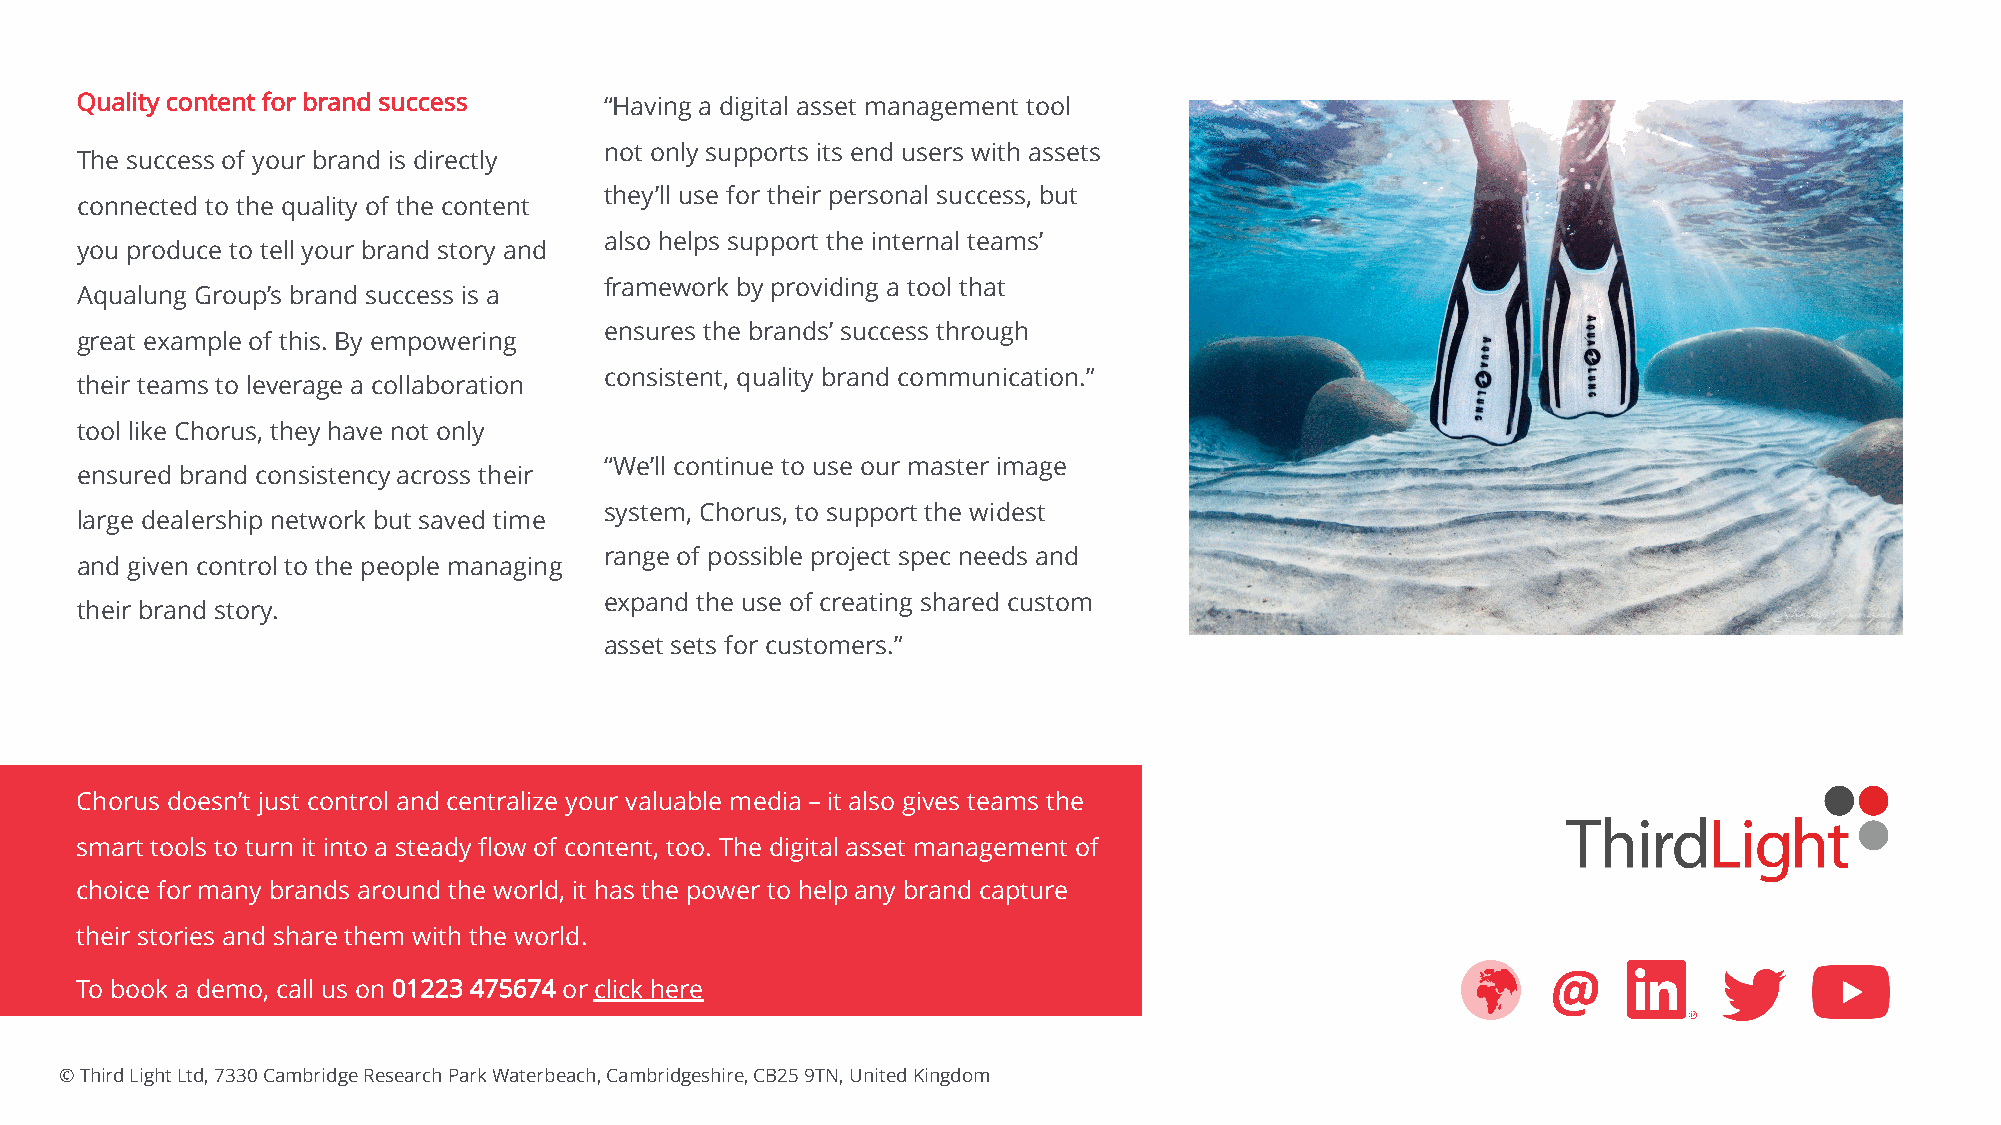
Quality content for brand success  “Having a digital asset management tool
 not only supports its end users with assets
 The success of your brand is directly
 they’ll use for their personal success, but
 connected to the quality of the content
 also helps support the internal teams’
 you produce to tell your brand story and
 framework by providing a tool that
 Aqualung Group’s brand success is a
 ensures the brands’ success through
 great example of this. By empowering
 consistent, quality brand communication.”
 their teams to leverage a collaboration
 tool like Chorus, they have not only
 “We’ll continue to use our master image
 ensured brand consistency across their
 system, Chorus, to support the widest
 large dealership network but saved time
 range of possible project spec needs and
 and given control to the people managing
 expand the use of creating shared custom
 their brand story.
 asset sets for customers.”
 Chorus doesn’t just control and centralize your valuable media – it also gives teams the
 smart tools to turn it into a steady flow of content, too. The digital asset management of
 choice for many brands around the world, it has the power to help any brand capture
 their stories and share them with the world.
 @
 To book a demo, call us on 01223 475674 or click here
 © Third Light Ltd, 7330 Cambridge Research Park Waterbeach, Cambridgeshire, CB25 9TN, United Kingdom